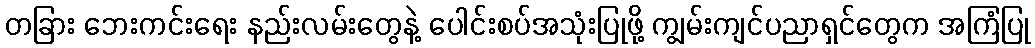
တခြား ဘေးကင်းရေး နည်းလမ်းတွေနဲ့ ပေါင်းစပ်အသုံးပြုဖို့ ကျွမ်းကျင်ပညာရှင်တွေက အကြံပြု